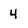
Character: 4